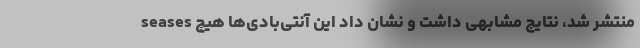
seases منتشر شد، نتایج مشابهی داشت و نشان داد این آنتی‌بادی‌ها هیچ